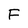
Character: F